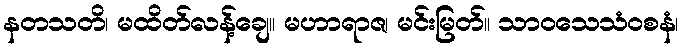
နတသတိ၊ မထိတ်လန့်ချေ။ မဟာရာဇ၊ မင်းမြတ်။ သာဝသေသံဝစနံ၊